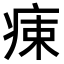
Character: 𤶬